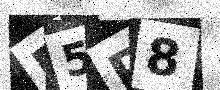
Text: E5P8